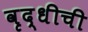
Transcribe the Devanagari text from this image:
वृद्धीची